Report on lock hospitals in British Burma
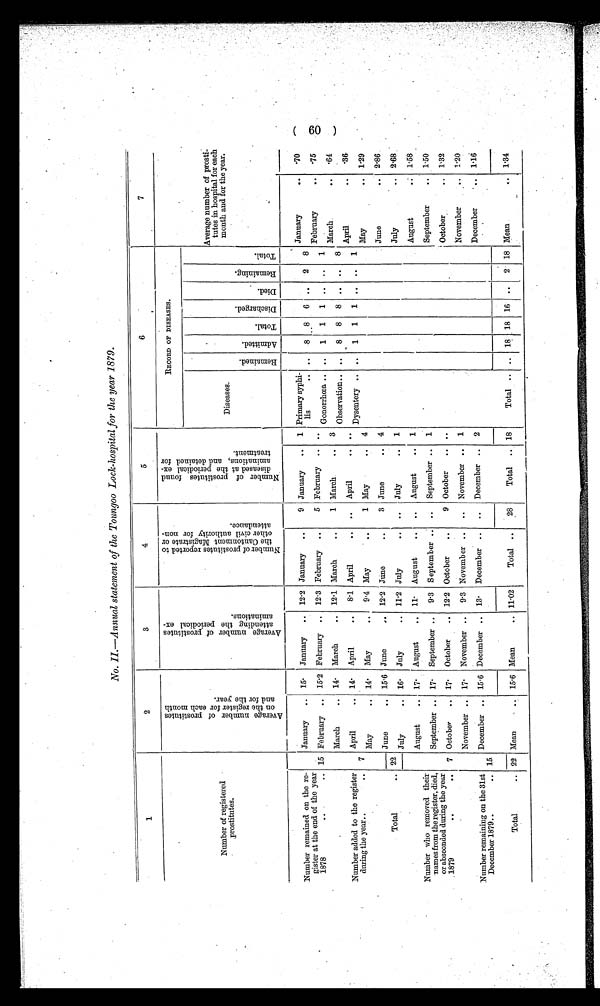
No. II.—Annual statement of the Toungoo Lock-hospital for the year 1879.
1
2
3
4
5
6
7
Number of registered
prostitutes.
A v e r a g e n u m b e r o f p r o s t i t u t e s o n t h e r e g i s t e r f o r e a c h m o n t h a n d f o r t h e y e a r .
A v e r a g e n u m b e r o f p r o s t i t u t e s a t t e n d i n g t h e p e r i o d i c a l e x - a m i n a t i o n s .
N u m b e r o f p r o s t i t u t e s r e p o r t e d t o t h e C a n t o n m e n t M a g i s t r a t e o r o t h e r c i v i l a t h o r i t y f o r n o n - a t t e n d a n c e .
N u m b e r o f p r o s t i t u t e s f o u n d d i s e a s e d a t t h e p e r i o d i c a l e x - a m i n a t i o n s , a n d d e t a i n e d f o r t r e a t m e n t .
RECORD OF DISEASES.
Diseases,
R e m a i n e d .
A d m i t t e d .
T o t a l .
D i s c h a r g e d .
D i e d .
R e m a i n i n g .
T o t a l .
Average number of prosti
-tutes in hospital for each
month and for the year.
Number remained on the re-
gister at the end of the year
1878
January
15 .
January
12.2 January
9 January
1 Primary syphi-lis
8
8
6
. .
2
8
January
.70
February
.75
15 February
15.2 February
12.3 February
5 February
..
Gonorrhœa
..
1
1
1
. .
..
1
March
.64
Number added to the register
during the year
March
March
12 . 1 March
1 March
3
Observation
..
8
8
8
..
..
8
April
.36
7
April
May
14.
14.
April
May
8 . 1
9 . 4
April
May
..
1
April
May
. .
4
Dysentery
..
1
1
1
..
..
1
May
1.29
Total
22
June
15 . 6 June
12 . 2 June
3 June
4
June
2.86
July
16.
July
11 . 2 July
..
July
1
July
2.68
Number who removed their
names from the register, died,
or absconded during the year
1879
August
17.
August
1 1 .
August
..
August
1
August
1.58
September
17.
September
9.3 September
..
September
1
September
1.50
7 October
17.
October
12.2 October
9 October
..
October
1.32
November
17.
November
9 . 3 November
..
November
1
November
1.2 0
Number remaining on the 31st
December 1879
15
December
15 . 6 December
1 3 .
December
..
December
2
December
1.16
Total
22 Mean
15 . 6 Mean
11 . 02
Total ..
28
Total
.. 18
Total .. ..
18 18 16
..
2 18 Mean
1.34
( 60 )